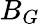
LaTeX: B_{G}